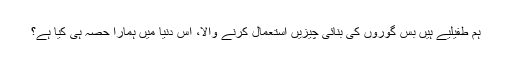
ہم طفیلیے ہیں بس گوروں کی بنائی چیزیں استعمال کرنے والا، اس دنیا میں ہمارا حصہ ہی کیا ہے؟